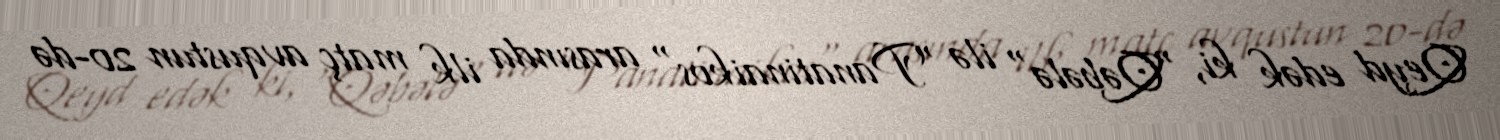
Qeyd edək ki, "Qəbələ" ilə "Panatinaikos" arasında ilk matç avqustun 20-də